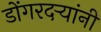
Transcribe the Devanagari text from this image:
डोंगरदर्‍यांनी